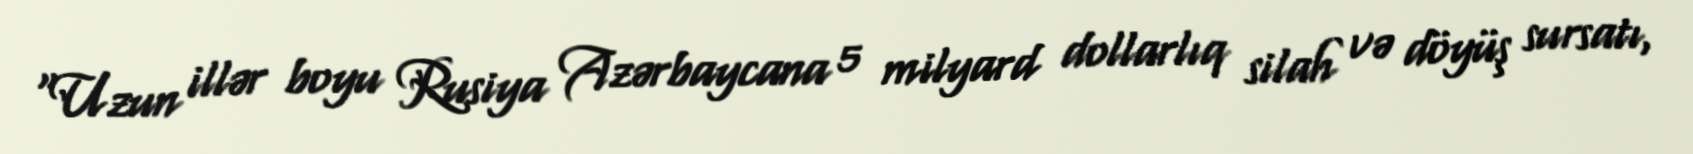
“Uzun illər boyu Rusiya Azərbaycana 5 milyard dollarlıq silah və döyüş sursatı,